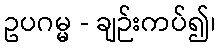
ဥပဂမ္မ - ချဉ်းကပ်၍၊